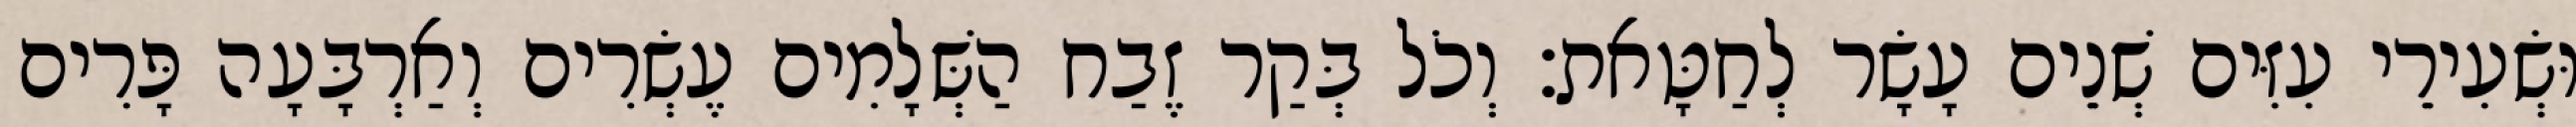
וּשְׂעִירֵי עִזִּים שְׁנֵים עָשָׂר לְחַטָּאת׃ וְכֹל בְּקַר זֶבַח הַשְּׁלָמִים עֶשְׂרִים וְאַרְבָּעָה פָּרִים